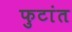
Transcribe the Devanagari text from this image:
फुटांत